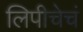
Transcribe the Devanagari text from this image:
लिपीचेचं